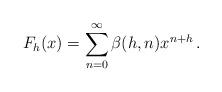
LaTeX: \begin{align*}F_h(x)=\sum_{n=0}^\infty \beta(h,n)x^{n+h}\,.\end{align*}